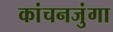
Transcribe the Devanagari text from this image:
कांचनजुंगा